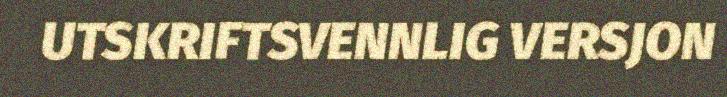
UTSKRIFTSVENNLIG VERSJON